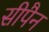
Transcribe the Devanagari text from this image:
सीपैन